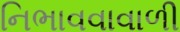
નિભાવવાવાળી